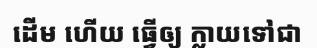
ដើម ហើយ ធ្វើឲ្យ ក្លាយទៅជា